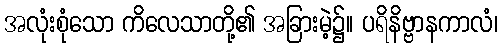
အလုံးစုံသော ကိလေသာတို့၏ အခြားမဲ့၌။ ပရိနိဗ္ဗာနကာလံ၊